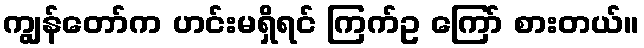
ကျွန်တော်က ဟင်းမရှိရင် ကြက်ဥ ကြော် စားတယ်။